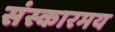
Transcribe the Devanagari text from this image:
संस्कारमय